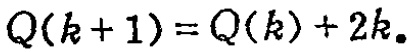
\(Q(k + 1) = Q(k)+2k。\)